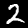
Digit: 2